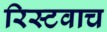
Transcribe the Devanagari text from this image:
रिस्टवाच